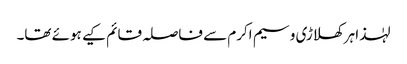
لہٰذا ہر کھلاڑی وسیم اکرم سے فاصلہ قائم کیے ہوئے تھا۔